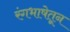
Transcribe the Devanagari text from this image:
रंगभाषेतून